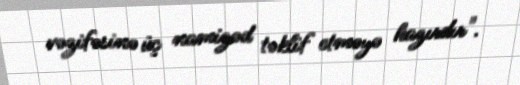
vəzifəsinə üç namizəd təklif etməyə hazırdır".